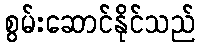
စွမ်းဆောင်နိုင်သည်